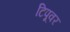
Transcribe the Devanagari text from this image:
टिपूवर